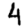
Digit: 4